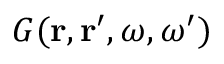
G ( { \bf r } , { \bf r } ^ { \prime } , \omega , \omega ^ { \prime } )